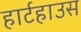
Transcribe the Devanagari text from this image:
हार्टहाउस